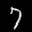
Label: 7